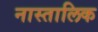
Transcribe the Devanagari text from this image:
नास्तालिक